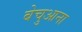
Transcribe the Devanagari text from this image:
बेचुआना